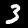
Digit: 3